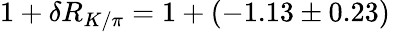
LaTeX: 1+\delta R_{K/\pi}=1+(-1.13\pm 0.23)\